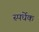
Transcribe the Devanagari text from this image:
स्पर्धेक